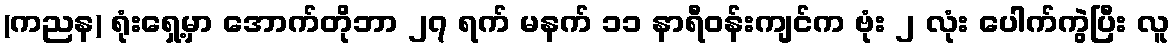
(ကညန) ရုံးရှေ့မှာ အောက်တိုဘာ ၂၇ ရက် မနက် ၁၁ နာရီဝန်းကျင်က ဗုံး ၂ လုံး ပေါက်ကွဲပြီး လူ